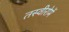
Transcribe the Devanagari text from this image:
तस्वीरोमें